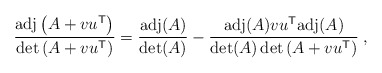
\begin{align*}\frac{{\rm adj} \left( A + v u^{\sf T} \right)}{\det \left( A + v u^{\sf T} \right)} =\frac{{\rm adj}(A)}{\det(A)} -\frac{{\rm adj}(A) v u^{\sf T} {\rm adj}(A)}{\det(A) \det \left( A + v u^{\sf T} \right)} \;,\end{align*}